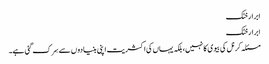
ابرارخٹک
ابرار خٹک
مسئلہ کرنل کی بیوی کا نہیں،بلکہ یہاں کی اکثریت اپنی بنیادو ں سے سِرک گئی ہے۔